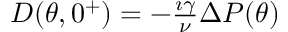
\begin{array} { r } { D ( \theta , 0 ^ { + } ) = - \frac { \imath \gamma } { \nu } \Delta P ( \theta ) } \end{array}